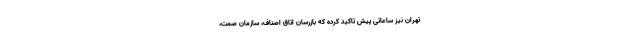
تهران نیز ساعاتی پیش تاکید کرده که بازرسان اتاق اصناف، سازمان صمت،